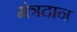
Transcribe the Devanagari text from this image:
मंत्रदान